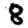
Digit: 8